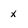
Character: x